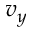
v _ { y }